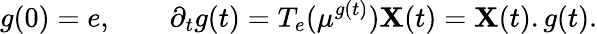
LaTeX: g(0)=e,\qquad\partial_{t}g(t)=T_{e}(\mu^{g(t)})\mathbf{X}(t)=\mathbf{X}(t).g(t).